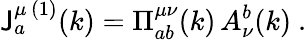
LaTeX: \mathsf{J}_{a}^{\mu\, (1)}(k)=\Pi_{ab}^{\mu\nu}(k)\, A_{\nu}^{b}(k)\ .